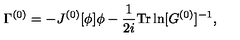
\Gamma ^ { ( 0 ) } = - J ^ { ( 0 ) } [ \phi ] \phi - \frac { 1 } { 2 i } \mathrm { T r } \ln [ G ^ { ( 0 ) } ] ^ { - 1 } ,